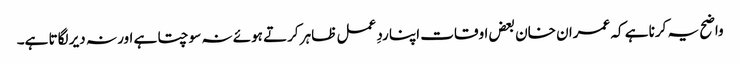
واضح یہ کرنا ہے کہ عمران خان بعض اوقات اپنا ردِ عمل ظاہر کرتے ہوئے نہ سوچتا ہے اور نہ دیر لگاتا ہے۔